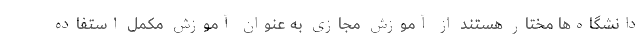
دانشگاه‌ها مختار هستند از آموزش مجازی به عنوان آموزش مکمل استفاده